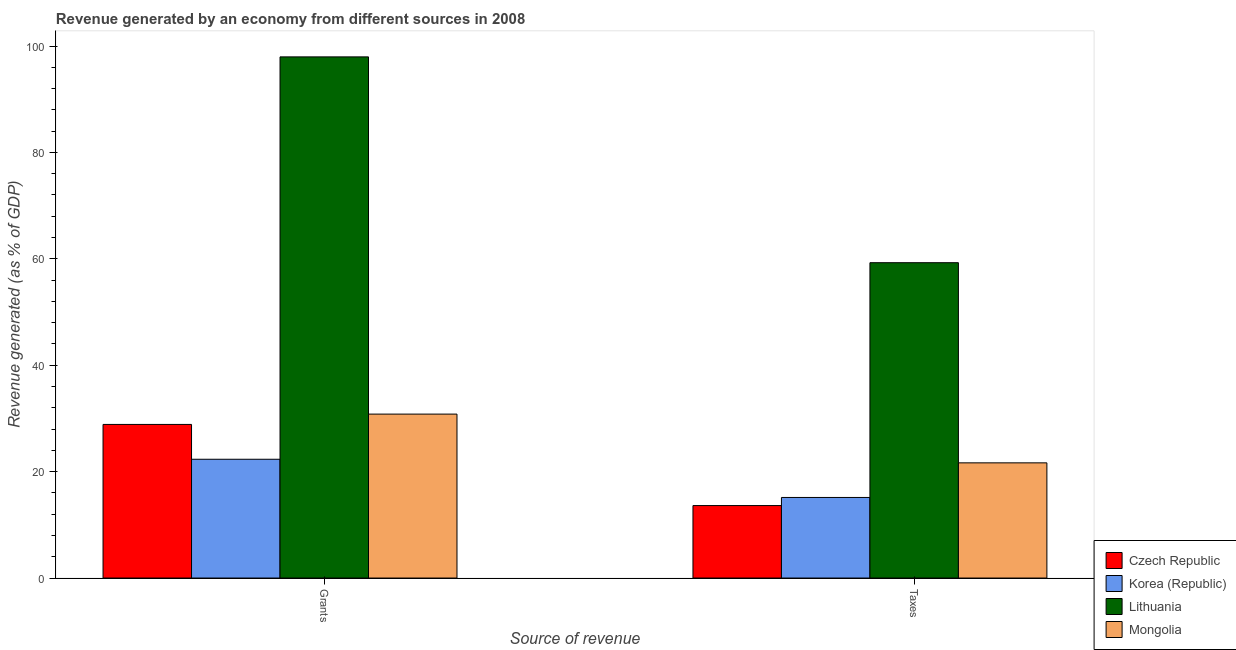
| Source of revenue | Czech Republic | Korea (Republic) | Lithuania | Mongolia |
 | --- | --- | --- | --- | --- |
 | Grants | 28.9 | 22.3 | 98 | 30.8 |
 | Taxes | 13.6 | 15.1 | 59.3 | 21.7 |